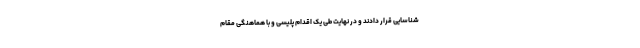
شناسایی قرار دادند و در نهایت طی یک اقدام پلیسی و با هماهنگی مقام